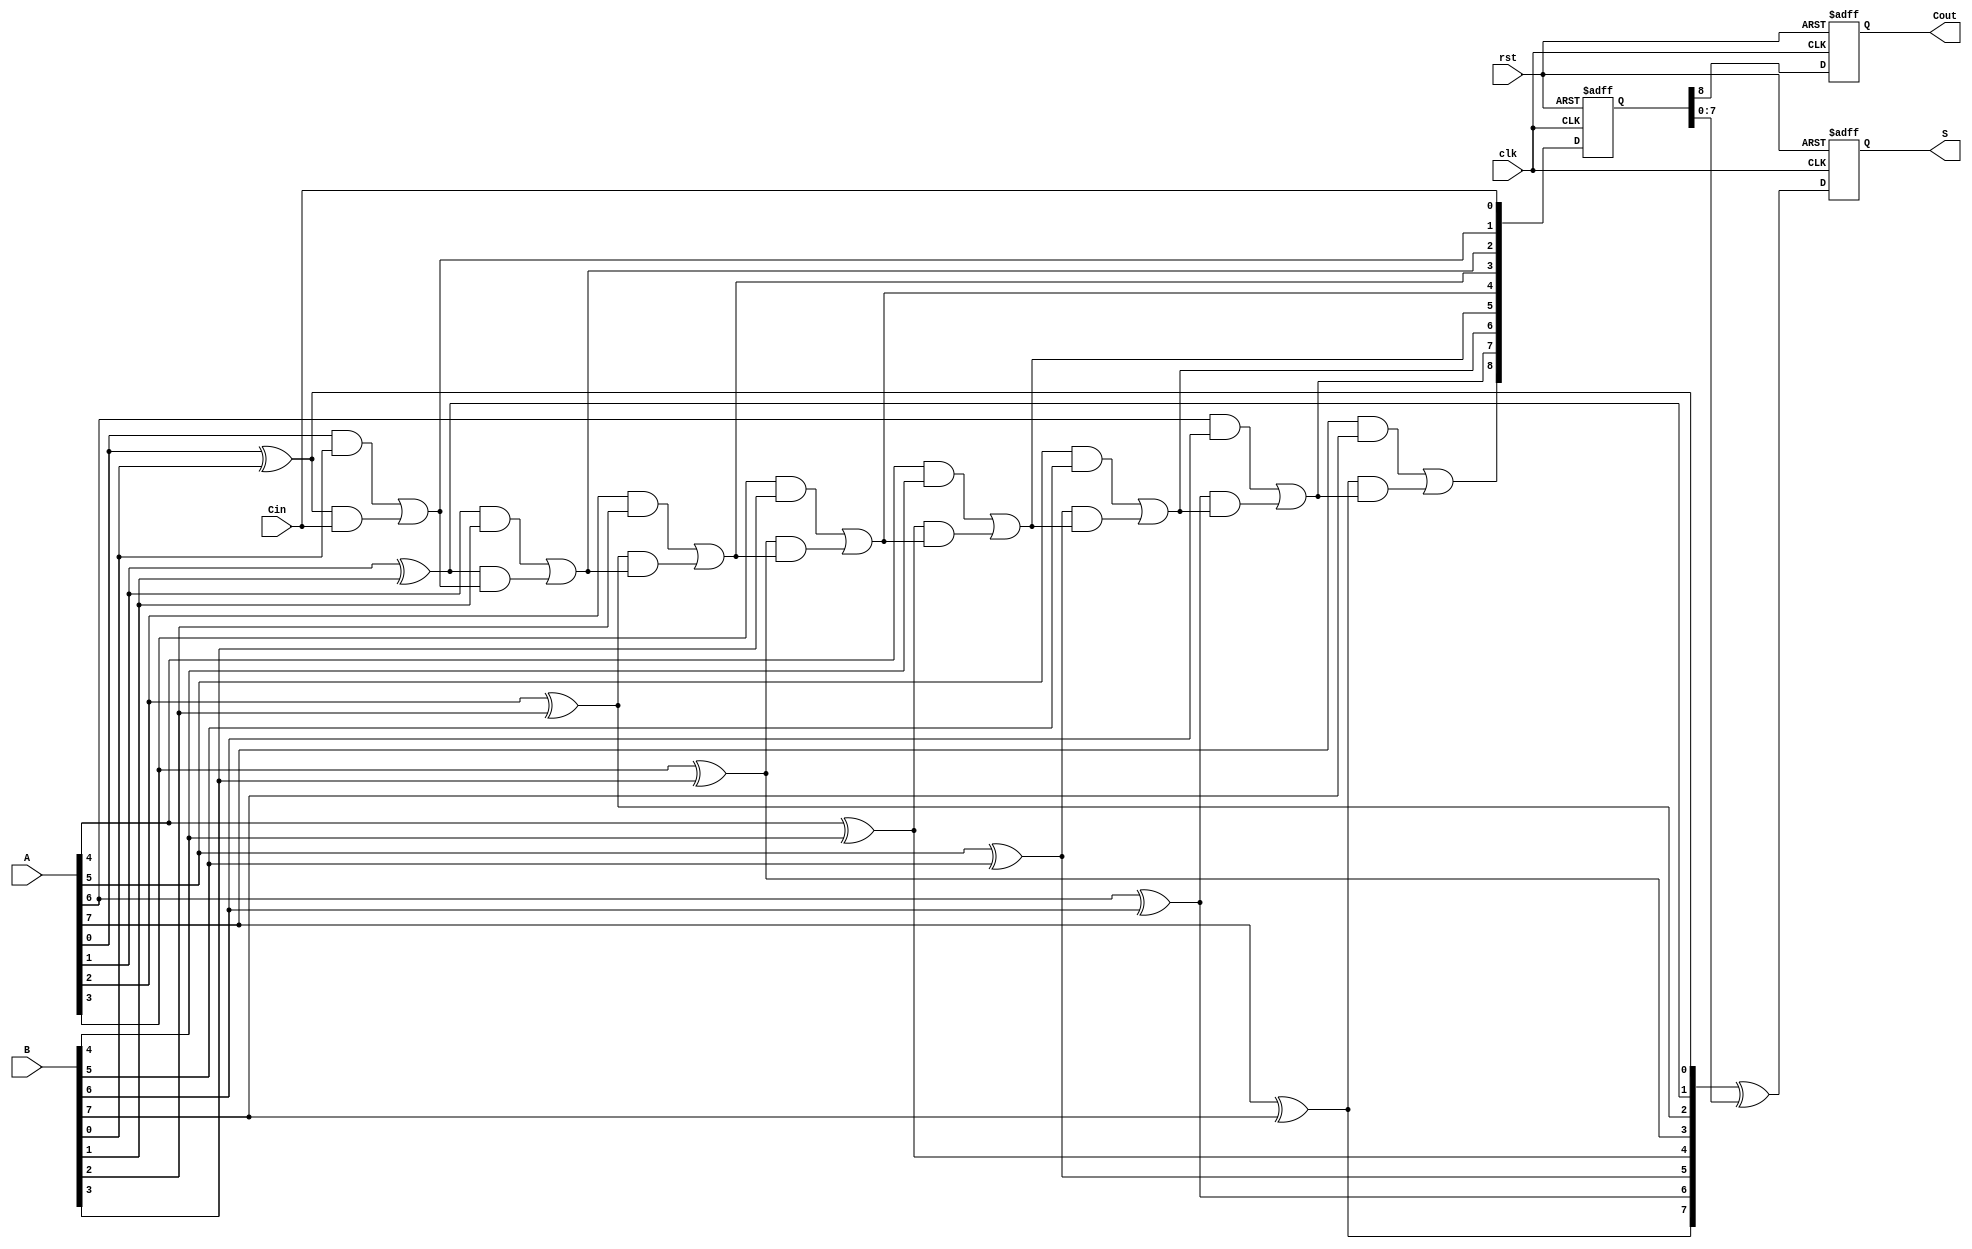
module PipelinedCLA #(parameter N = 8) (
    input wire clk,
    input wire rst,
    input wire [N-1:0] A,
    input wire [N-1:0] B,
    input wire Cin,
    output reg [N-1:0] S,
    output reg Cout
);

    // Intermediate signals
    wire [N-1:0] G; // Generate signals
    wire [N-1:0] P; // Propagate signals
    wire [N:0] C;   // Carry signals

    // Generate and Propagate calculations
    genvar i;
    generate
        for (i = 0; i < N; i = i + 1) begin : gen_prop
            assign G[i] = A[i] & B[i];        // Generate
            assign P[i] = A[i] ^ B[i];        // Propagate
        end
    endgenerate

    // Carry calculations
    assign C[0] = Cin; // Initial carry
    generate
        for (i = 0; i < N; i = i + 1) begin : carry_calc
            assign C[i + 1] = G[i] | (P[i] & C[i]); // Carry
        end
    endgenerate

    // Pipelined registers for input stage
    reg [N-1:0] A_reg, B_reg;
    reg Cin_reg;
    reg [N:0] C_reg;

    // Pipelined registers for output stage
    always @(posedge clk or posedge rst) begin
        if (rst) begin
            A_reg <= 0;
            B_reg <= 0;
            Cin_reg <= 0;
            C_reg <= 0;
            S <= 0;
            Cout <= 0;
        end else begin
            // Register inputs
            A_reg <= A;
            B_reg <= B;
            Cin_reg <= Cin;
            C_reg <= C;

            // Calculate sum and carry out
            S <= P ^ C_reg[N-1:0]; // Final sum
            Cout <= C_reg[N];      // Final carry out
        end
    end

endmodule